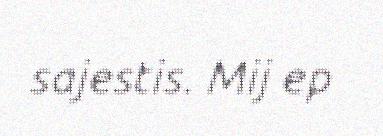
sajestis. Mij ep